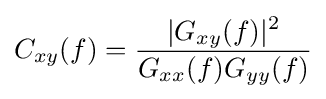
C_{xy}(f)={\frac {|G_{xy}(f)|^{2}}{G_{xx}(f)G_{yy}(f)}}